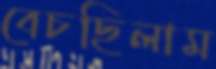
বেচছিলাম